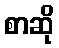
စာဆို